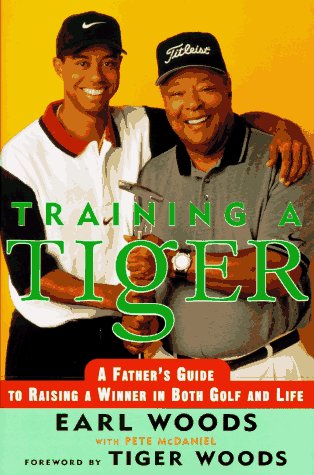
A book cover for Training a Tiger: A Father's Guide to Raising a Winner in Both Golf and Life; Earl Woods; Biographies & Memoirs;